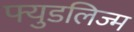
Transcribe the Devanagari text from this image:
फ्युडलिज्म